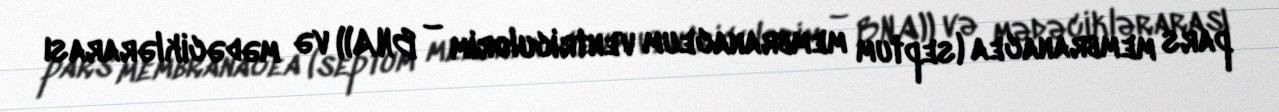
pars membranacea (septum membranaceum ventriculorim – BNA)) və mədəciklərarası